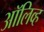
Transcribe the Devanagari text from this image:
अाॅलिव्ह